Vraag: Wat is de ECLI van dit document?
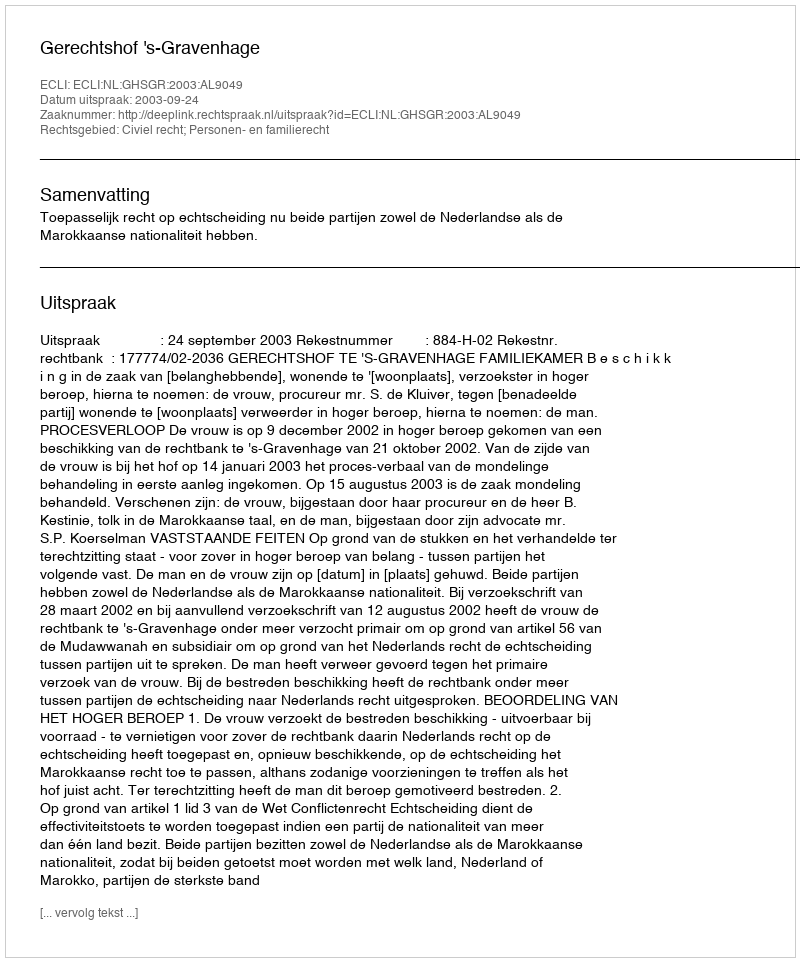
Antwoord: ECLI:NL:GHSGR:2003:AL9049